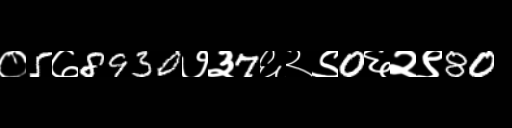
Text: ०5७8930७३7६२९0६२९80